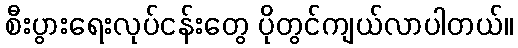
စီးပွားရေးလုပ်ငန်းတွေ ပိုတွင်ကျယ်လာပါတယ်။